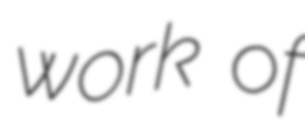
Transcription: work of